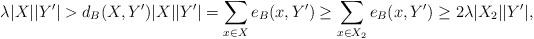
LaTeX: \begin{align*}\lambda |X||Y'| >d_B(X,Y') |X||Y'|&=\sum_{x \in X} e_B(x,Y')\geq \sum_{x \in X_2} e_B(x,Y') \geq 2 \lambda |X_2||Y'|,\end{align*}